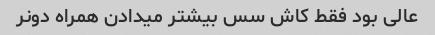
عالی بود فقط کاش سس بیشتر میدادن همراه دونر